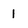
Character: 1